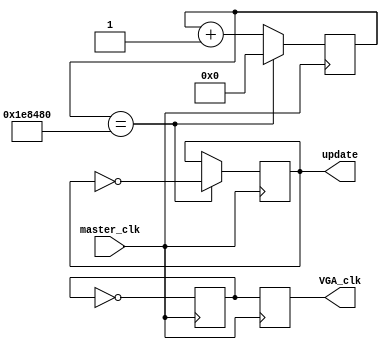
module Clks_Generator(master_clk, update,VGA_clk);
	input master_clk;
	output reg update,VGA_clk;
	reg [21:0]count;	
	reg q;

	always@(posedge master_clk)
	begin
		count <= count + 1;
		if(count == 2000000)
		begin
			update <= ~update;
			count <= 0;
		end	
	end
	
	
	always@(posedge master_clk)
	begin
		q <= ~q; 
		VGA_clk <= q;
	end
	
	
endmodule